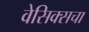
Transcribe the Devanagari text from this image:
वेसिक्सचा